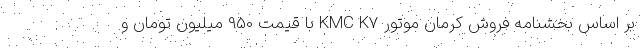
بر اساس بخشنامه فروش کرمان موتور KMC K7 با قیمت 950 میلیون تومان و